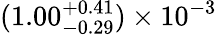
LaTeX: (1.00_{-0.29}^{+0.41})\times 10^{-3}